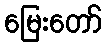
မြေးတော်